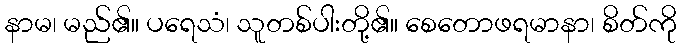
နာမ၊ မည်၏။ ပရေသံ၊ သူတစ်ပါးတို့၏။ စေတောဖရမာနာ၊ စိတ်ကို